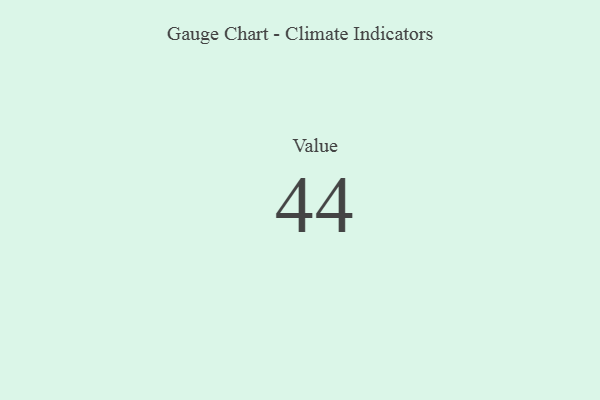
{"axis": {"x": "Metric", "y": "Value"}, "legend": [""], "data": [{"x": "Value", "y": 44, "type": ""}]}